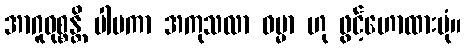
အာဂူဝုစ္စန္တိ ပါပကာ အကုသလာ ဓမ္မာ ဟု ဖွင့်ဟောထားပုံ။